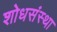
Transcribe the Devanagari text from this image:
शोधसंस्था